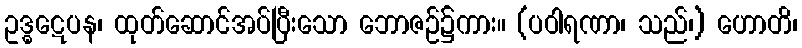
ဥဒ္ဓဋေပန၊ ထုတ်ဆောင်အပ်ပြီးသော ဘောဇဉ်၌ကား။ (ပဝါရဏာ၊ သည်၊) ဟောတိ၊